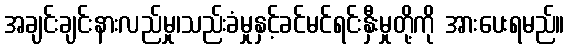
အချင်းချင်းနားလည်မှု၊သည်းခံမှုနှင့်ခင်မင်ရင်းနှီးမှုတို့ကို အားပေးရမည်။